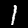
Digit: 1